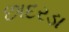
છાદરડા